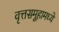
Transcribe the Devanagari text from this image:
वृत्तसमूहामध्ये